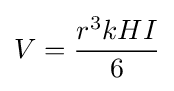
V={r^{3}kHI \over 6}